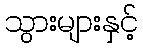
သွားများနှင့်